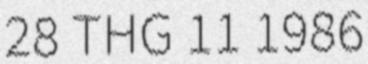
28 THG 11 1986